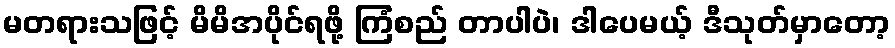
မတရားသဖြင့် မိမိအပိုင်ရဖို့ ကြံစည် တာပါပဲ၊ ဒါပေမယ့် ဒီသုတ်မှာတော့